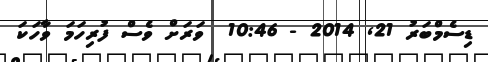
ޑިސެމްބަރު 21